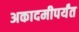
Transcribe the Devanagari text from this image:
अकादमीपर्यंत